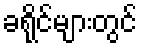
ခရိုင်များတွင်